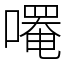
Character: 𫫼